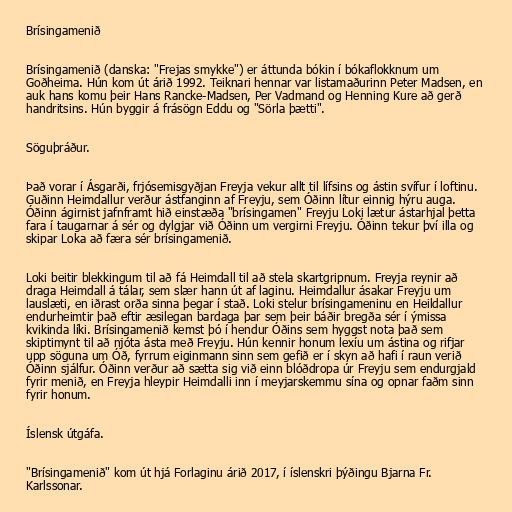
Brísingamenið

Brísingamenið (danska: "Frejas smykke") er áttunda bókin í bókaflokknum um
Goðheima. Hún kom út árið 1992. Teiknari hennar var listamaðurinn Peter Madsen, en
auk hans komu þeir Hans Rancke-Madsen, Per Vadmand og Henning Kure að gerð
handritsins. Hún byggir á frásögn Eddu og "Sörla þætti".

Söguþráður.

Það vorar í Ásgarði, frjósemisgyðjan Freyja vekur allt til lífsins og ástin svífur í loftinu.
Guðinn Heimdallur verður ástfanginn af Freyju, sem Óðinn lítur einnig hýru auga.
Óðinn ágirnist jafnframt hið einstæða "brísingamen" Freyju Loki lætur ástarhjal þetta
fara í taugarnar á sér og dylgjar við Óðinn um vergirni Freyju. Óðinn tekur því illa og
skipar Loka að færa sér brísingamenið.

Loki beitir blekkingum til að fá Heimdall til að stela skartgripnum. Freyja reynir að
draga Heimdall á tálar, sem slær hann út af laginu. Heimdallur ásakar Freyju um
lauslæti, en iðrast orða sinna þegar í stað. Loki stelur brísingameninu en Heildallur
endurheimtir það eftir æsilegan bardaga þar sem þeir báðir bregða sér í ýmissa
kvikinda líki. Brísingamenið kemst þó í hendur Óðins sem hyggst nota það sem
skiptimynt til að njóta ásta með Freyju. Hún kennir honum lexíu um ástina og rifjar
upp söguna um Óð, fyrrum eiginmann sinn sem gefið er í skyn að hafi í raun verið
Óðinn sjálfur. Óðinn verður að sætta sig við einn blóðdropa úr Freyju sem endurgjald
fyrir menið, en Freyja hleypir Heimdalli inn í meyjarskemmu sína og opnar faðm sinn
fyrir honum.

Íslensk útgáfa.

"Brísingamenið" kom út hjá Forlaginu árið 2017, í íslenskri þýðingu Bjarna Fr.
Karlssonar.